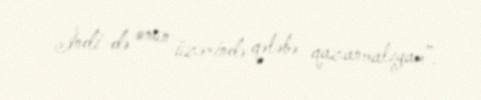
İndi də onun üzərində qələbə qazanmalıyam”.